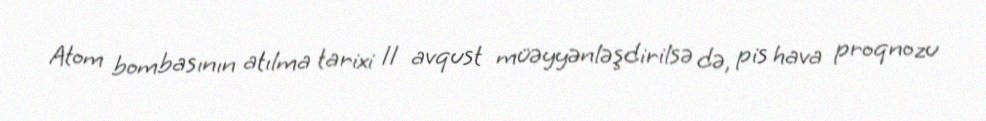
Atom bombasının atılma tarixi 11 avqust müəyyənləşdirilsə də, pis hava proqnozu